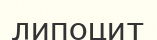
липоцит